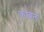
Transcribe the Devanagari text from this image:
काब्रल